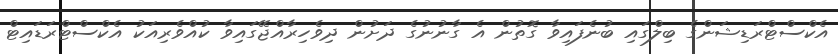
އެކްސްޓްރަޑިޝަންގެ ބިލްގައި ބުނެފައިވާ ގޮތުން އެ ގާނުނުގެ ދަށުން ދިވެހިރާއްޖޭގައިވާ ކުއްވެރިއަކު އެކްސްޓްރަޑައިޓް